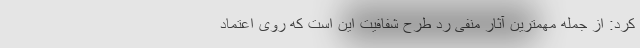
کرد: از جمله مهمترین آثار منفی رد طرح شفافیت این است که روی اعتماد